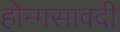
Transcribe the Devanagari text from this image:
होन्गसावदी